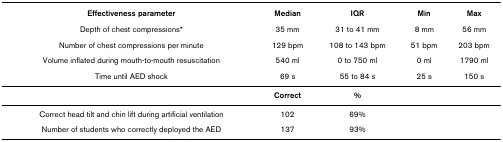
| Effectiveness parameter | Median | IQR | Min | Max |
 | --- | --- | --- | --- | --- |
 | Depth of chest compressions* | 35 mm | 31 to 41 mm | 8 mm | 56 mm |
 | Number of chest compressions per minute | 129 bpm | 108 to 143 bpm | 51 bpm | 203 bpm |
 | Volume inflated during mouth-to-mouth resuscitation | 540 ml | 0 to 750 ml | 0 ml | 1790 ml |
 | Time until AED shock | 69 s | 55 to 84 s | 25 s | 150 s |
 |  | Correct | % |  |  |
 | Correct head tilt and chin lift during artificial ventilation | 102 | 69% |  |  |
 | Number of students who correctly deployed the AED | 137 | 93% |  |  |